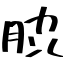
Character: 䏮